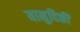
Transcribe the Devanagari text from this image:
यामुदिकी